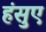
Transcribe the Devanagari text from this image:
हंसुए